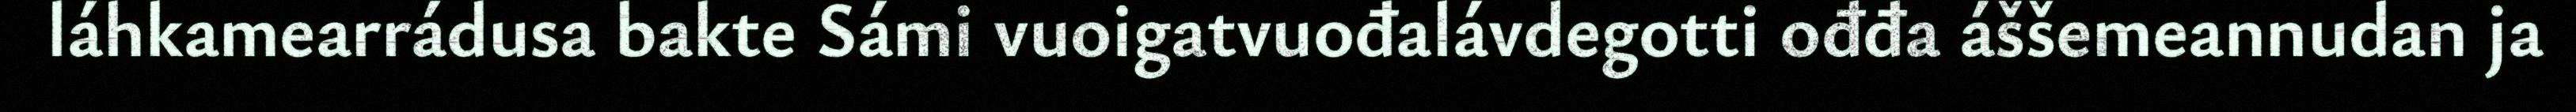
láhkamearrádusa bakte Sámi vuoigatvuođalávdegotti ođđa áššemeannudan ja